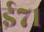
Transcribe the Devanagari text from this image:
ई७१